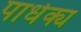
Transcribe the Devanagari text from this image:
पार्धक्य